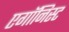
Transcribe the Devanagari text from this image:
एगॉनिस्ट